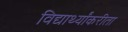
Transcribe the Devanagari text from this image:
विद्यार्थ्यांकरीता